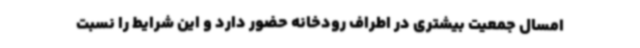
امسال جمعیت بیشتری در اطراف رودخانه حضور دارد و این شرایط را نسبت